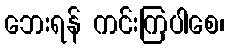
ဘေးရန် ကင်းကြပါစေ၊